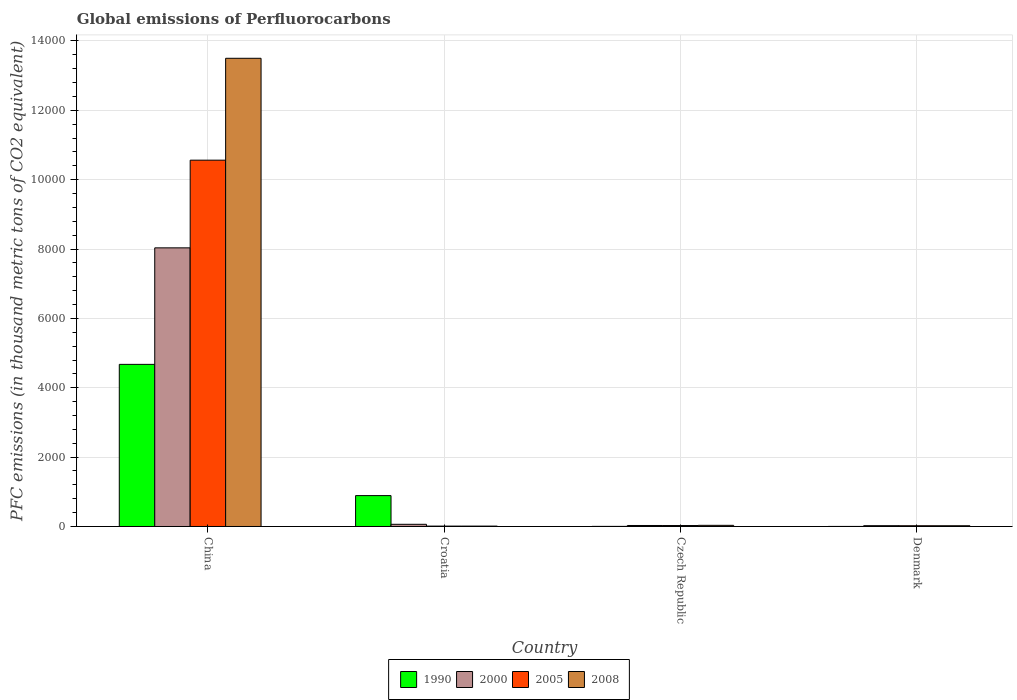
| Country | 1990 | 2000 | 2005 | 2008 |
 | --- | --- | --- | --- | --- |
 | China | 4.67e+03 | 8.03e+03 | 1.06e+04 | 1.35e+04 |
 | Croatia | 890 | 63 | 10.9 | 11 |
 | Czech Republic | 2.8 | 28.8 | 27.5 | 33.3 |
 | Denmark | 1.4 | 23.4 | 21.5 | 21.4 |